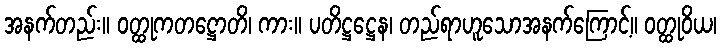
အနက်တည်း။ ဝတ္ထုကတဋ္ဌောတိ၊ ကား။ ပတိဋ္ဌဋ္ဌေန၊ တည်ရာဟူသောအနက်ကြောင့်။ ဝတ္ထုဝိယ၊